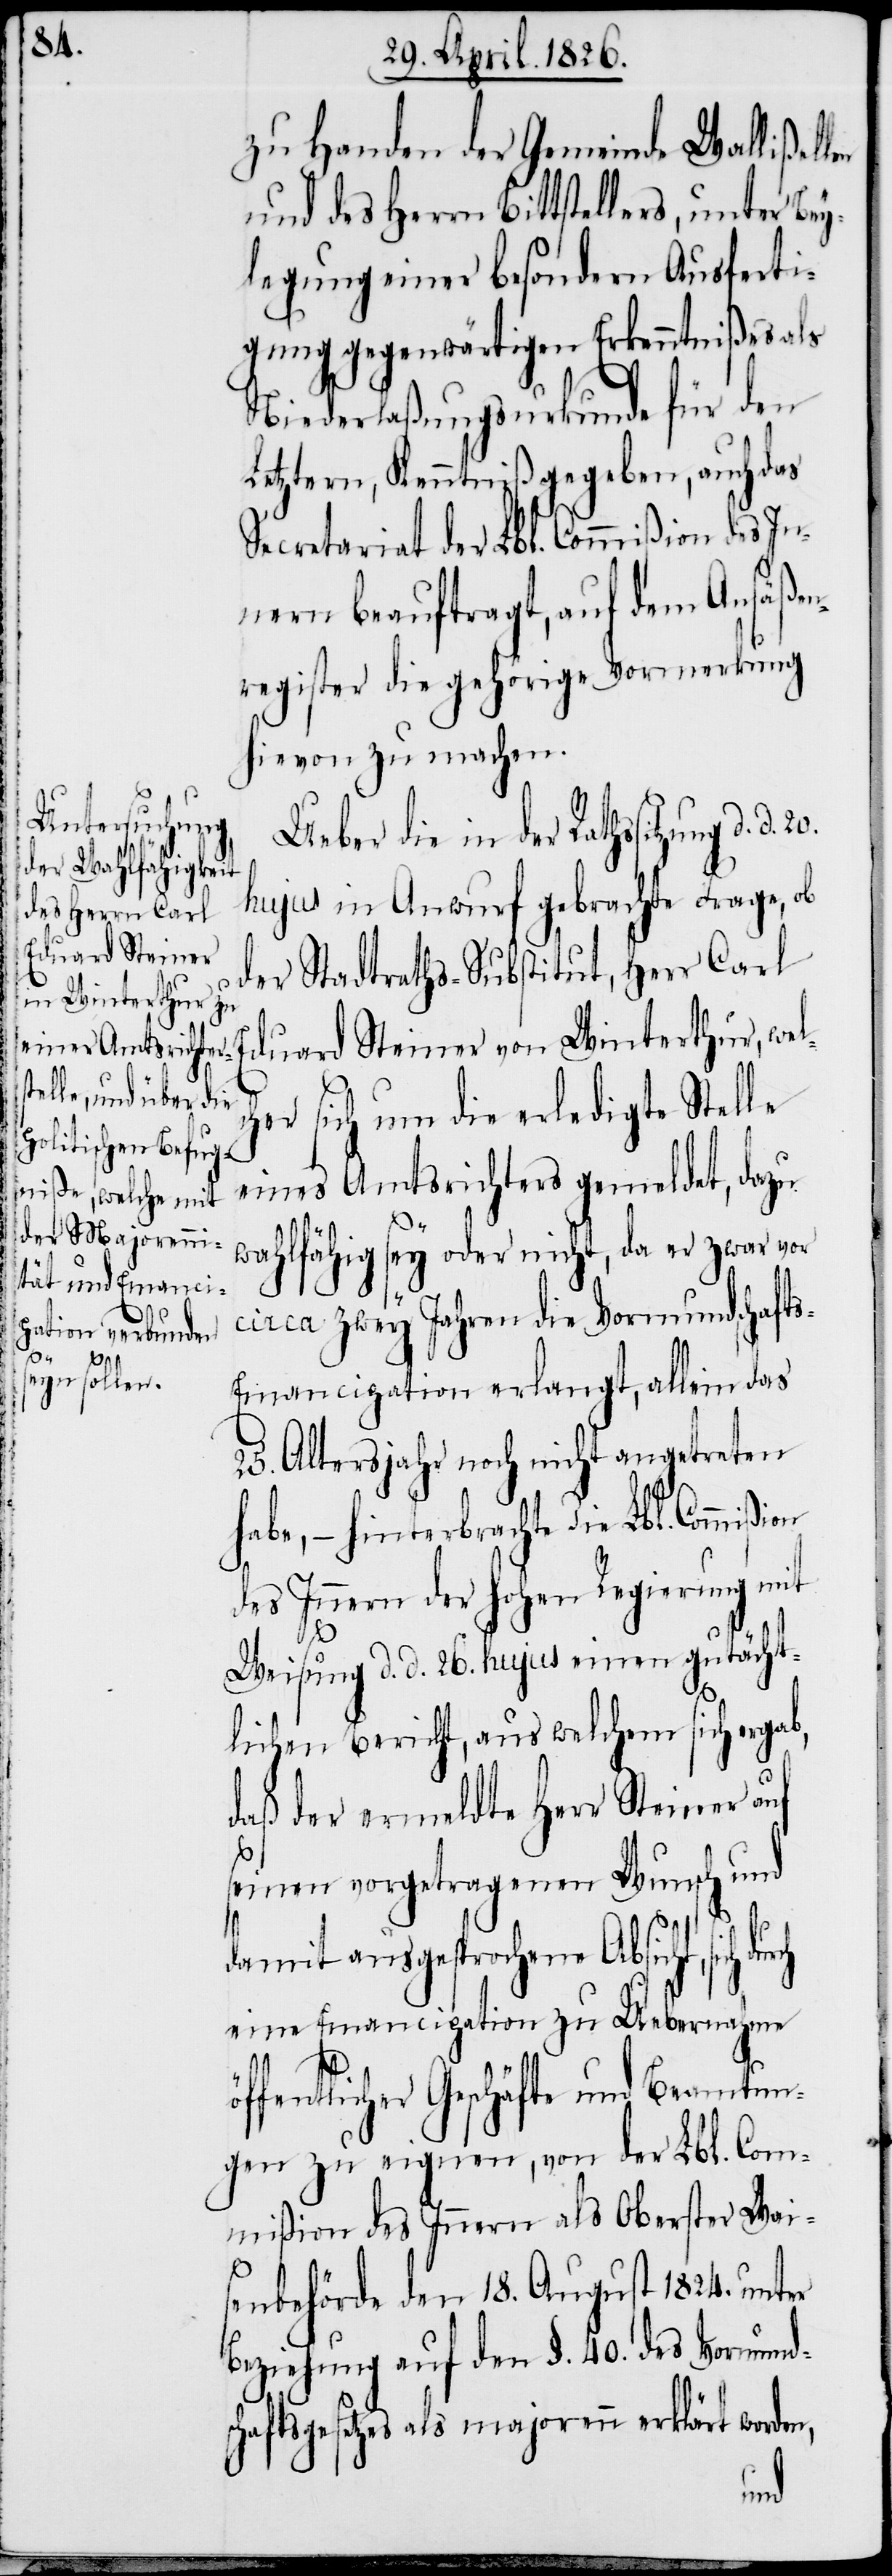
zu Handen der Gemeinde Wallißellen
und des Herrn Bittstellers, unter Bey¬
legung einer besondern Ausferti¬
gung gegenwärtigen Erkenntnißes als
Niederlaßungsurkunde für den
Letztern, Kenntniß gegeben, auch das
Secretariat der Lbl. Commißion des In¬
nern beauftragt, auf dem Ansäßen¬
register die gehörige Vormerkung
hievon zu machen.
Ueber die in der Rathssitzung d.
hujus in Anwurf gebrachte Frage, ob
der Stadtraths-Substitut, Herr Carl
Eduard Steiner von Winterthur, wel¬
her sich um die erledigte Stelle
eines Amtsrichters gemeldet, dazu
d.
wahlfähig sey oder nicht, da er zwar vor
circa zwey Jahren die Vormundschaft¬
s-Emancipation erlangt, allein das
25. Altersjahr noch nicht angetreten
habe, – hinterbrachte die Lbl. Commiß¬
des Innern der hohen Regierung mit
Weisung d. d. 26. hujus einen gutächt¬
lichen Bericht, aus welchem sich ergab,
daß der ermeldte Herr Steiner auf
seinem vorgetragenen Wunsch und
damit ausgesprochene Absicht, sich
eine Emancipation zu Uebernahme
ö¬
ffentlicher Geschäfte und Beamtun¬
gen zu eignen, von der Lbl. Com¬
mißion des Innern als Oberster Wai¬
senbehörde den 18. August 1824. unter
Beziehung auf den §. 40. des Vormund¬
schaftsgesetzes als majorenn erklärt worden,
ion